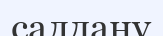
салдану